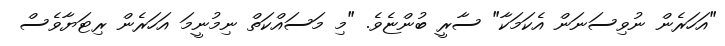
"އަހަރެން ނުވިސަނަން އެކަމަކާ" ސާރީ ބުންޏެވެ. "މި މަސައްކަތް ނިމުނީމަ އަހަރެން ރިޓަޔާވެސް